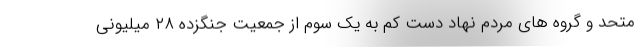
متحد و گروه های مردم نهاد دست کم به یک سوم از جمعیت جنگزده ۲۸ میلیونی